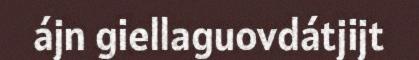
ájn giellaguovdátjijt